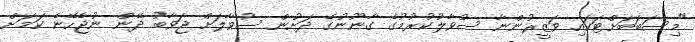
"މިސަބަބަށްޓަކައި ވަޒީރުންނާ ސުވާލުކުރުމުގެ ގާނޫނުގެ ދަށުން ސުވާލަށް ޖަވާބު ދޭން ނުޖެހޭނެ ކަމަށް